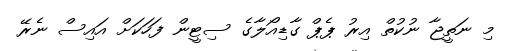
މި ނަތީޖާ ނުކުތް އިރު ޕެޕް ގާޑިއޯލާގެ ސިޓީން ފަހަކަށް އައިސް ނެރޭ